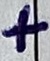
Text: +